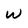
Character: W